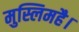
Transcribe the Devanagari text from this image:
मुस्लिमहै।